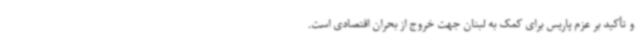
و تأکید بر عزم پاریس برای کمک به لبنان جهت خروج از بحران اقتصادی است.